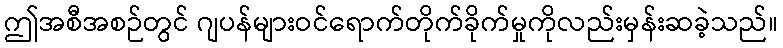
ဤအစီအစဉ်တွင် ဂျပန်များဝင်ရောက်တိုက်ခိုက်မှုကိုလည်းမှန်းဆခဲ့သည်။